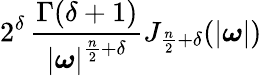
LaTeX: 2^{\delta}\, {\frac{\Gamma(\delta+1)}{\left|{\boldsymbol{\omega}}\right|^{{\frac{n}{2}}+\delta}}}J_{{\frac{n}{2}}+\delta}(|{\boldsymbol{\omega}}|)